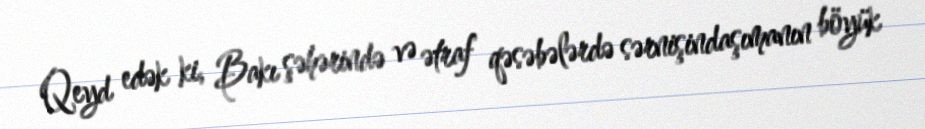
Qeyd edək ki, Bakı şəhərində və ətraf qəsəbələrdə sərnişindaşımanın böyük